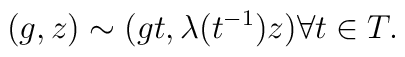
(g,z) \sim (gt, \lambda (t^{-1})z) \forall t \in T.